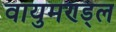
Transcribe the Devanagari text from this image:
वायुमण्ड्ल